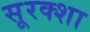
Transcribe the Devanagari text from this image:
सूरक्शा